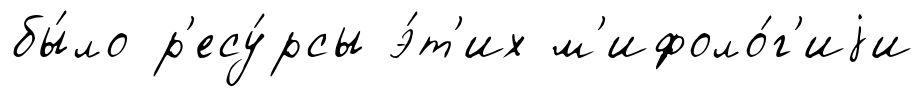
бы́ло р'есу́рсы э́т'их м'ифоло́г'иjи